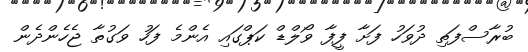
ބުރާސްފަތި ދުވަހު ފަށާ ފީފާ ވޯލްޑް ކަޕްގައި އެންމެ ފަހު ވަގުތާ ޖެހެންދެން